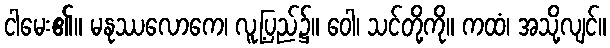
ငါမေး၏။ မနုဿလောကေ၊ လူ့ပြည်၌။ ဝေါ၊ သင်တို့ကို။ ကထံ၊ အသို့လျင်။